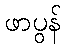
ဖာပွန်